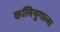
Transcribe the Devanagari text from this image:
कलियुगाला